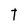
Character: T